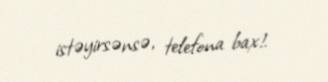
istəyirsənsə, telefona bax!.